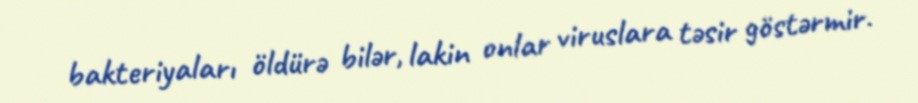
bakteriyaları öldürə bilər, lakin onlar viruslara təsir göstərmir.